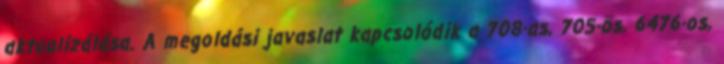
aktualizálása. A megoldási javaslat kapcsolódik a 708-as, 705-ös, 6476-os,